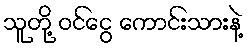
သူတို့ ဝင်ငွေ ကောင်းသားနဲ့